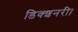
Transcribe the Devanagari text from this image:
डिक्शनरी।